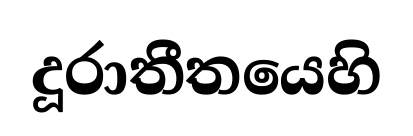
දූරාතීතයෙහි